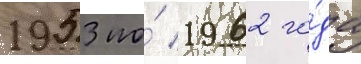
1953 по́ 1962 го́да